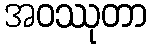
အဝဿုတာ